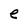
Character: e